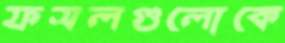
ফসলগুলোকে